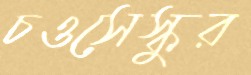
চওসেস্কুর